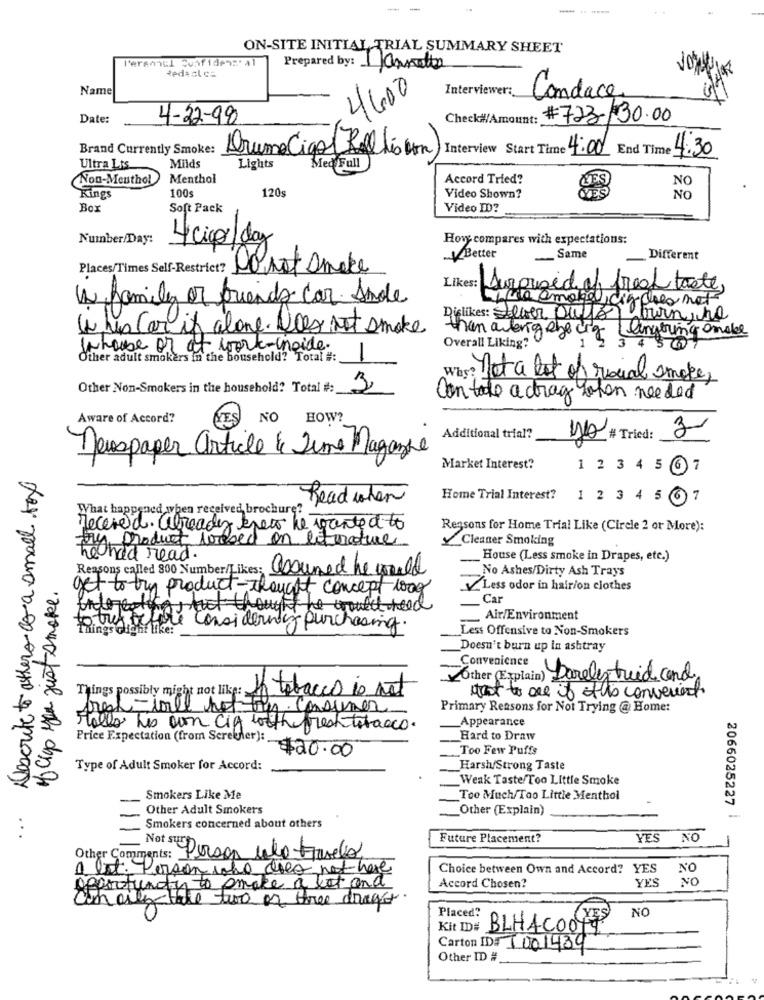
-
----
ON-SITE INITIAL, TRIAL SUMMARY SHEET
P'eramnul Confidenze al
Prepared by: annette
Name
4600
Interviewer:
Candace
Date:
4-32-98
Check#!/Amount:
#723- 30.00
Brand Currently Smoke:
Milds
Drume Cigof Refelis un) Interview Start Time 4:00 End Time 4:30
Ultra Lis
Lights
Med Full
Non-Menthol
Menthol
Accord Tried?
LES
100
120
Kings
Video Shown?
NO
Box
Soft Pack
Video ID?
Number/Day:
4 cico/day
Hove compares with expectations:
Better
-S
Same
Different
Places/Times Self-Restrict?
Donot Amake
Likes: Surprised of great taste,
a family or friends car. Amole
La @mobiel, cizdoes not
Dislikes: Lever auffor barn,ho
( hp Car it alone. Does not smoke
then arlengebeing lingering onder
Overall Liking?
whose or at work-inside.
Other adult smokers in the household? Total #:
1
Why? not a lot of social smoke,
Other Non-Smokers in the household? Total #:
3
Can take a drag hohen needed
Aware of Accord?
LES NO HOW?
2
Additional trial?
MD # Tried:
Jauspaper article 4 Time Magazine
Descrite to othero co a small fox
Market Interest?
1 2 3 4 5 67
Read when
Home Trial Interest?
1 2 3 4 5 67
What happened when received, brochure?
Received. already knew he wanted to
Regsons for Home Trial Like (Circle 2 or More):
Try product loosed on literature
Cleaner Smoking
he had read .
House (Less smoke in Drapes, etc.)
Reasons called 800 Number/Likes: assumed he would
No Ashes/Dirty Ash Trays
of algo you just smoke.
- to try product - thought concept look
Less odor in hair/on clothes
Car
todoestoestut thought he would need
Air/Environment
Things chiahf like:
to tufacture considering purchasing.
Less Offensive to Non-Smokers
Doesn't burn up in ashtray
Convenience
Other (Explain);
in Barelystrid and.
: If tabacco is not
Things possibly might not like:
tut to are if this convenient
fresh=will not try Consumer
Primary Reasons for Not Trying @ Home:
Appearance
Hallo his own cif with fresh tobacco.
Hard to Draw
Too Few Puffs
Price Expectation (from Serekher):$20.00
Type of Adult Smoker for Accord:
Harsh/Strong Taste
Weak Taste/Too Little Smoke
Smokers Like Me
Too Much/Too Little Menthol
Other Adult Smokers
Other (Explain)
2066025227
Smokers concerned about others
Future Placement?
YES
NO
-
Other Comments:
Not sure Dorgon calo-Francis
a lot. Person who does not have
Choice between Own and Accord? YES
NO
NO
Accord Chosen?
YES
Ch oly the two or three drago
NO
Placed?
Kit ID#
BLHAC004
Carton IDI 7001439
Other ID #